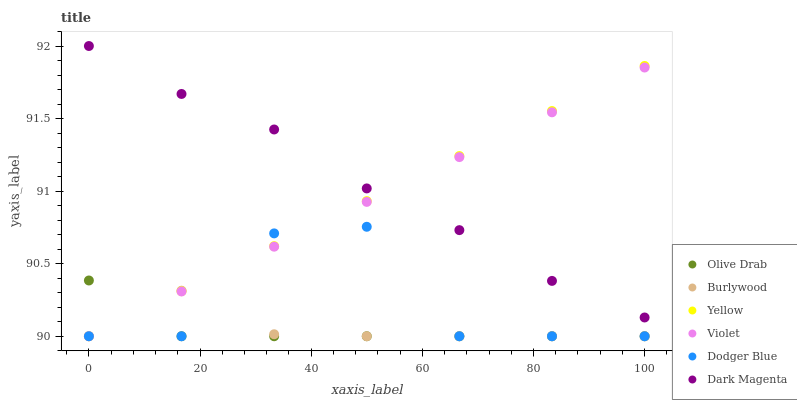
| xaxis_label | Olive Drab | Burlywood | Yellow | Violet | Dodger Blue | Dark Magenta |
 | --- | --- | --- | --- | --- | --- | --- |
 | 0 | 90.4 | 90 | 90 | 90 | 90 | 92 |
 | 16.7 | 90 | 90.3 | 90.3 | 90.3 | 90 | 91.7 |
 | 33.3 | 90 | 90 | 90.6 | 90.6 | 90.7 | 91.4 |
 | 50 | 90 | 90 | 90.9 | 90.9 | 90.8 | 91 |
 | 66.7 | 90 | 90 | 91.2 | 91.2 | 90 | 90.7 |
 | 83.3 | 90 | 90 | 91.6 | 91.5 | 90 | 90.4 |
 | 100 | 90 | 90 | 91.9 | 91.9 | 90 | 90.1 |